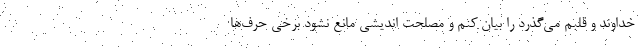
خداوند و قلبم می‌گذرد را بیان کنم و مصلحت اندیشی مانع نشود برخی حرف‌ها